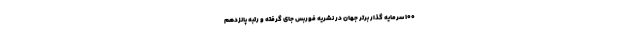
100 سرمایه گذار برتر جهان در نشریه فوربس جای گرفته و رتبه پانزدهم